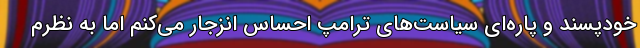
خودپسند و پاره‌ای سیاست‌های ترامپ احساس انزجار می‌کنم اما به نظرم